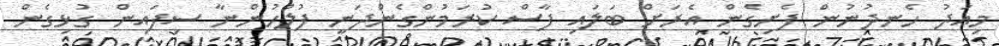
މިއަދު ހެނދުނުން ފެށިގެން އެރަށް ބަލައި ފާސް ކުރަމުންގެންދަނީ ފުލުހުންނާ ސިފައިން ގުޅިގެން